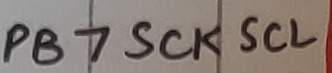
Text: PB7SCKSCL